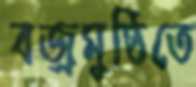
বজ্রমুষ্ঠিতে